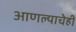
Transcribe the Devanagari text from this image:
आणल्याचेही